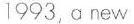
1993, a new